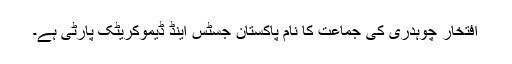
افتخار چوہدری کی جماعت کا نام پاکستان جسٹس اینڈ ڈیموکریٹک پارٹی ہے۔